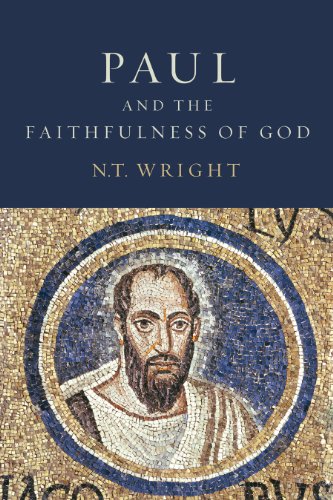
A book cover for Paul and the Faithfulness of God; N. T. Wright; Christian Books & Bibles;